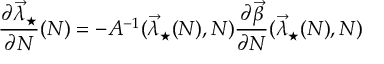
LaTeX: \frac { \partial \vec { \lambda } _ { \star } } { \partial N } ( N ) = - A ^ { - 1 } ( \vec { \lambda } _ { \star } ( N ) , N ) \frac { \partial \vec { \beta } } { \partial N } ( \vec { \lambda } _ { \star } ( N ) , N )